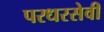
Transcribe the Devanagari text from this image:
परधरसेवी